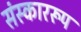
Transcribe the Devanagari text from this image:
संस्काररूप